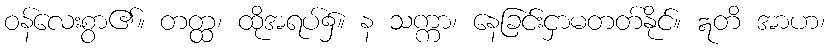
ဝန်လေးစွာ၏။ တတ္ထ၊ ထိုအရပ်၌။ န သက္ကာ၊ နေခြင်းငှာမတတ်နိုင်။ ဣတိ အာဟ၊